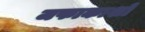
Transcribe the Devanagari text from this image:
जफाकाशों